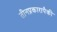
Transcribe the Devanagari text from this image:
तीनप्रकारापैकी